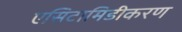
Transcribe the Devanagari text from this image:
एसिटामिडीकरण